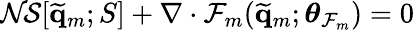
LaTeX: \mathcal{NS}[\widetilde{\mathbf{q}}_{m};S]+\nabla\cdot\mathcal{F}_{m}(\widetilde{\mathbf{q}}_{m};\boldsymbol{\theta}_{\mathcal{F}_{m}})=0